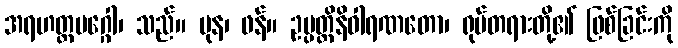
အရဟတ္တမဂ္ဂေါ၊ သည်။ ပုန၊ ဖန်။ ဥပ္ပတ္တိနိဝါရဏတော၊ ရုပ်တရားတို့၏ ဖြစ်ခြင်းကို